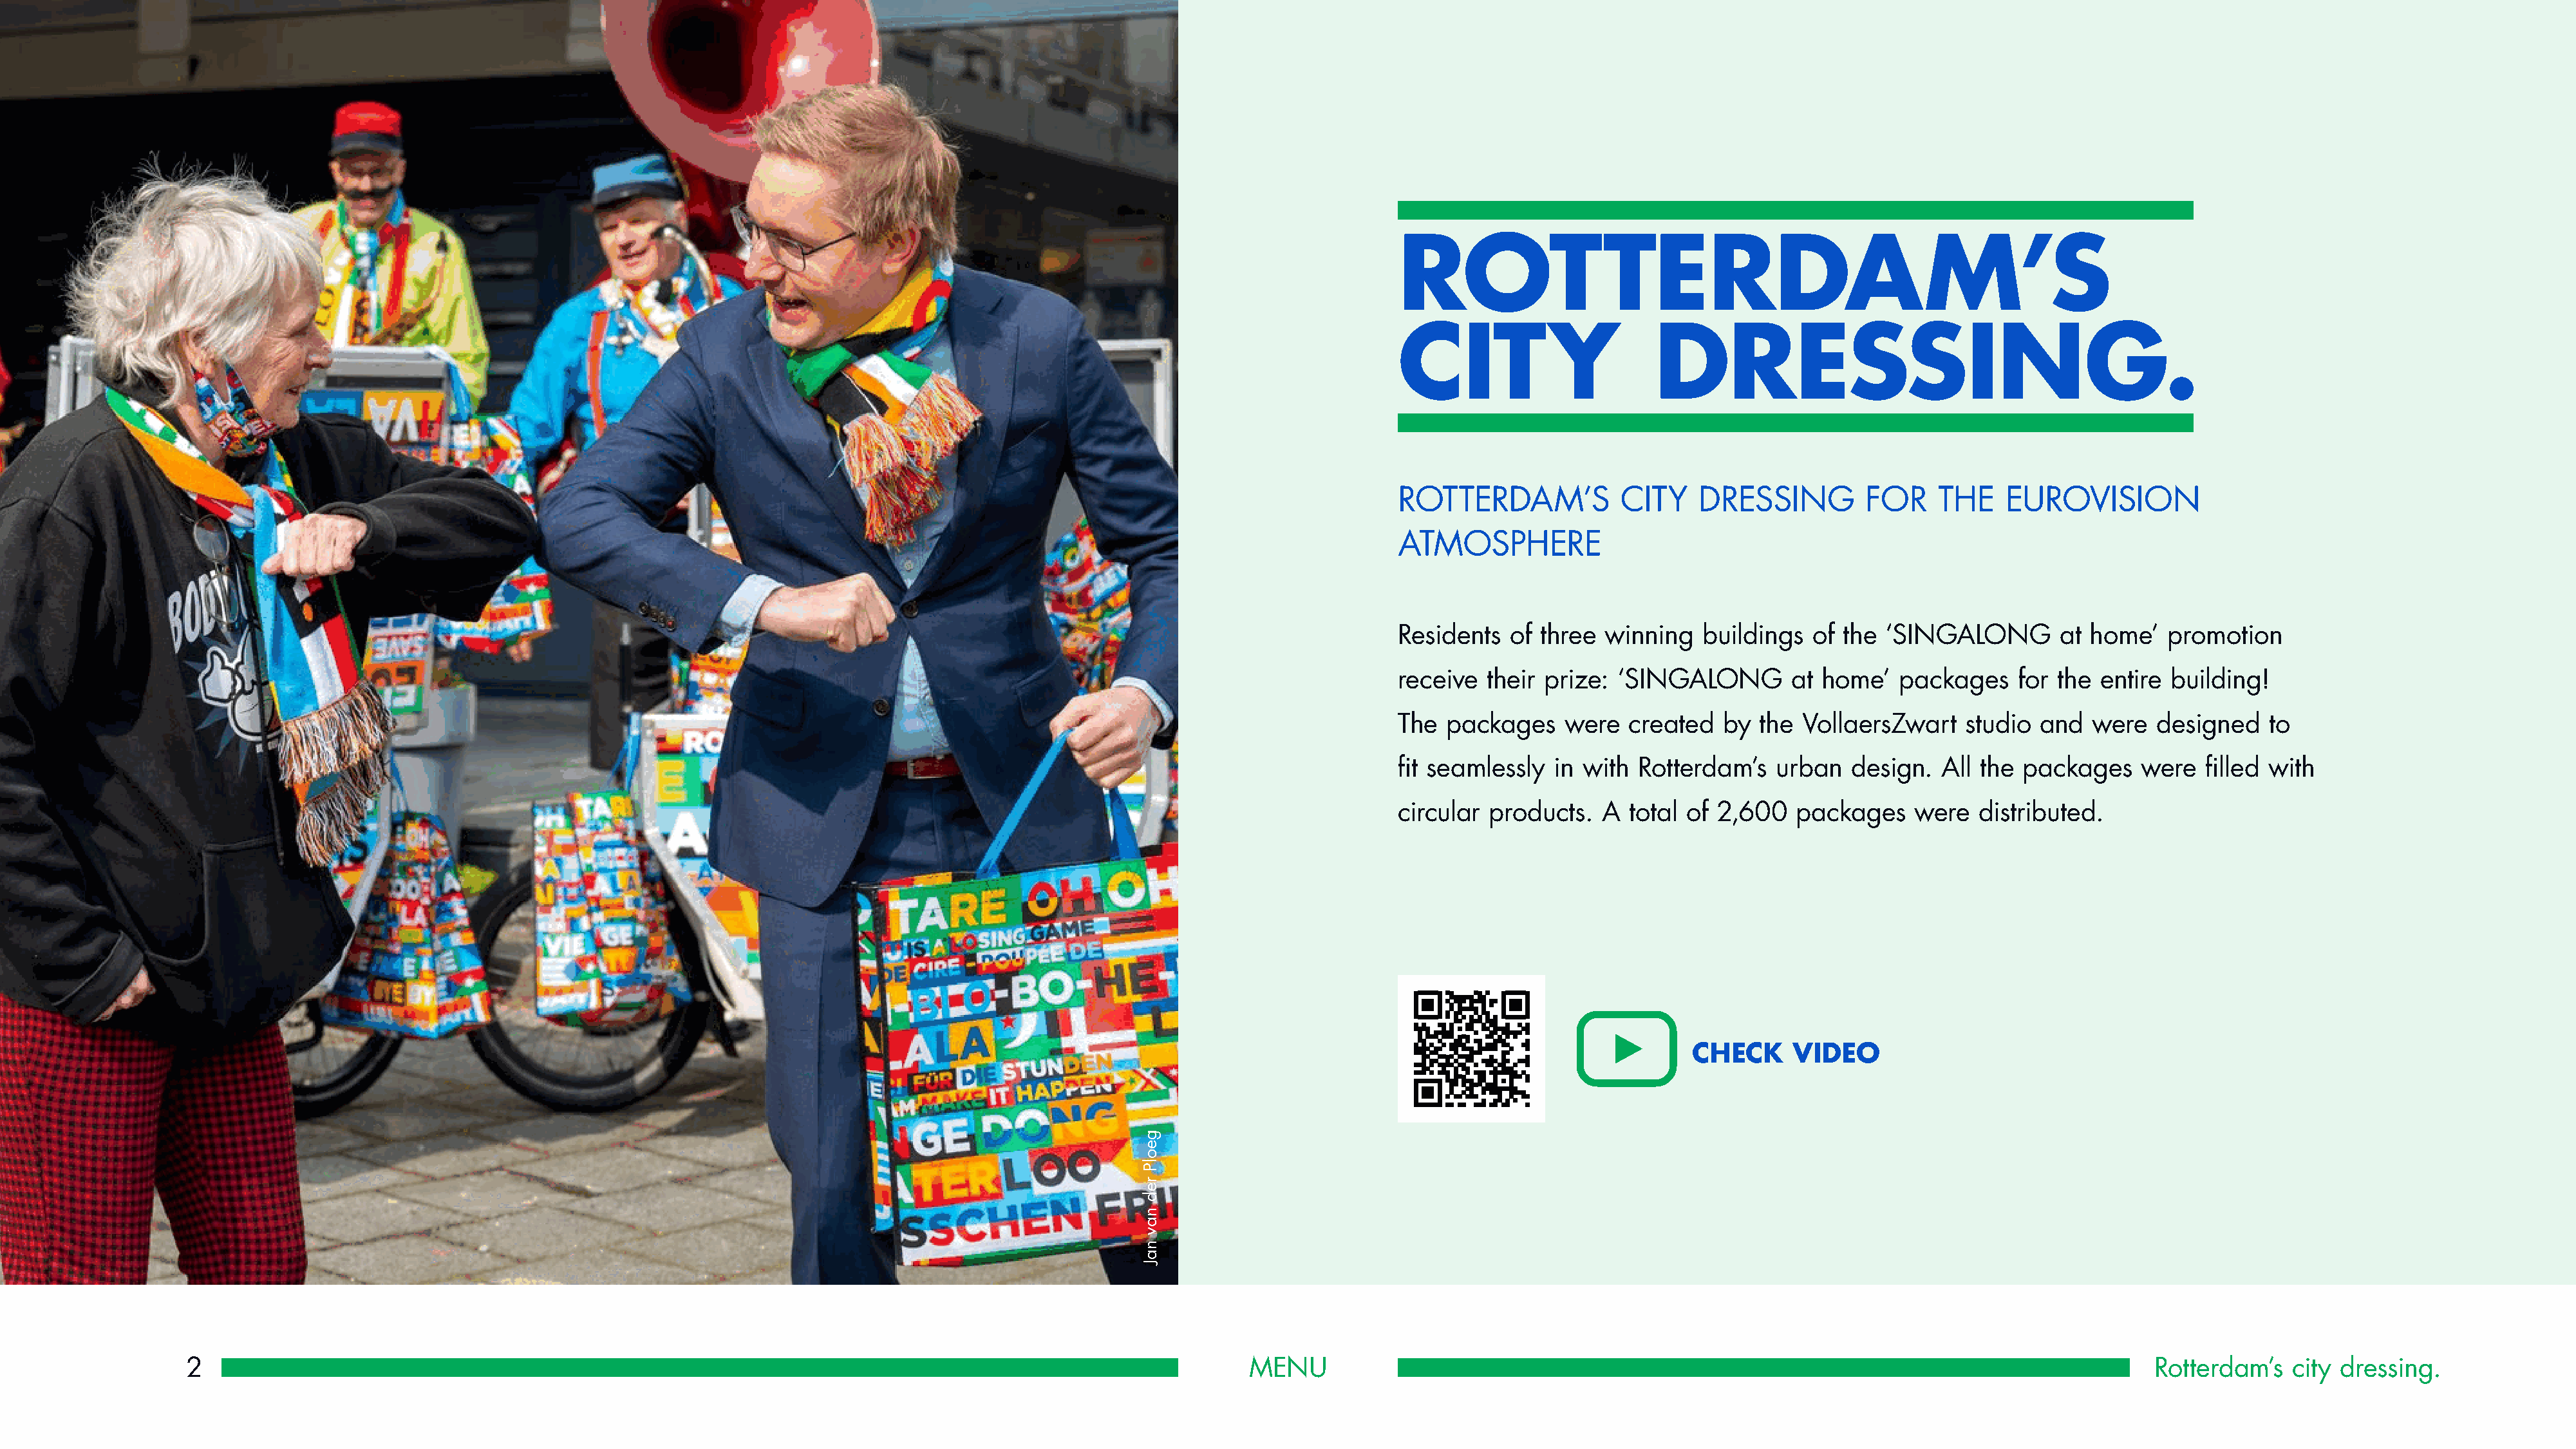
ROTTERDAM’S
 CITY                      DRESSING.
 ROTTERDAM’S            CITY    DRESSING         FOR    THE    EUROVISION
 ATMOSPHERE
 Residents  of three  winning   buildings  of  the ‘SINGALONG        at home’   promotion
 receive  their prize: ‘SINGALONG        at home’   packages    for  the entire building!
 The  packages    were  created   by  the VollaersZwart    studio  and  were   designed   to
 fit seamlessly  in with Rotterdam’s    urban  design.   All the packages    were   filled with
 circular products.   A  total of 2,600   packages    were  distributed.
 CHECK     VIDEO
 2                                                                                                            MENU                                                                                          Rotterdam’s   city dressing.
 geolP
 red
 nav
 naJ